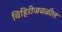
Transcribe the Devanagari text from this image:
विहिरीजवळील